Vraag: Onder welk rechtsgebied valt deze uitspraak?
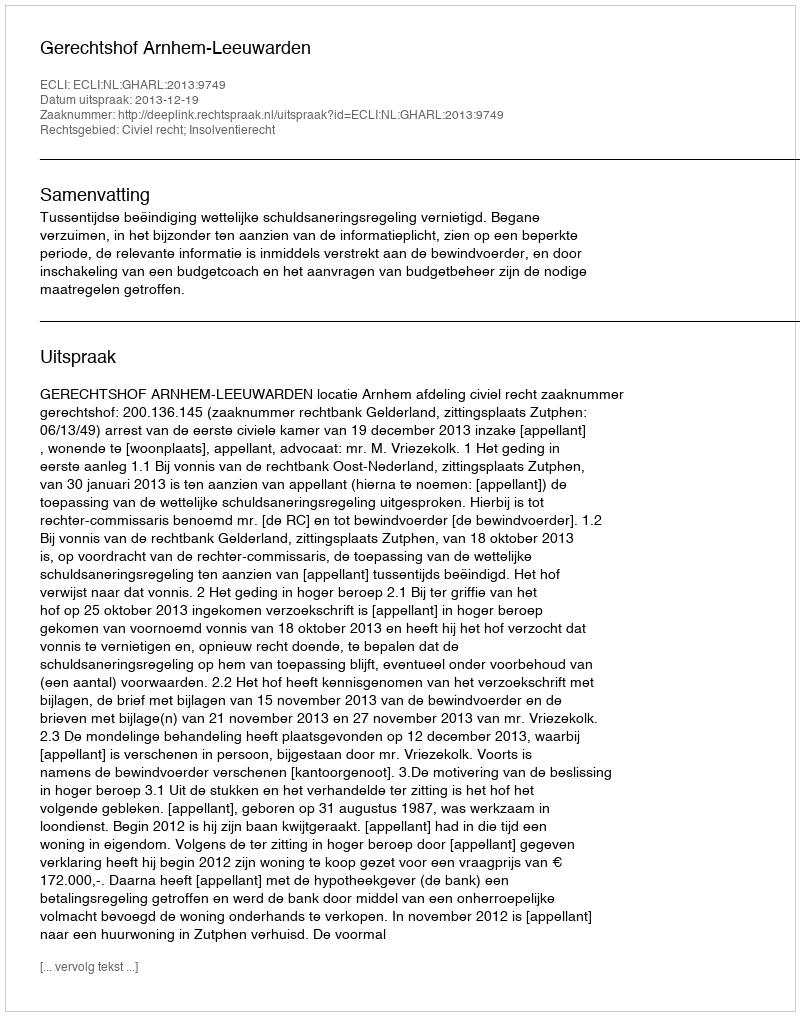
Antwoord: Civiel recht; Insolventierecht